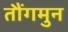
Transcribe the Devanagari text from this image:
तौंगमुन